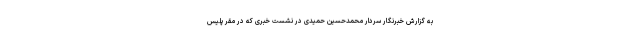
به گزارش خبرنگار سردار محمدحسین حمیدی در نشست خبری که در مقر پلیس